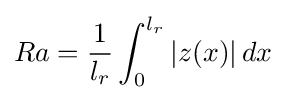
Ra={\frac {1}{l_{r}}}\int _{0}^{l_{r}}\left|z(x)\right|dx